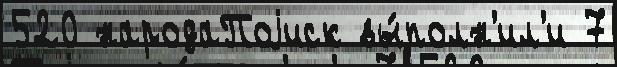
520 народаПоjиск вы́полн'ил'и 7